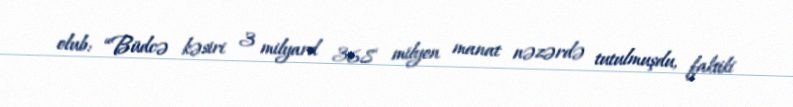
olub: “Büdcə kəsiri 3 milyard 368 milyon manat nəzərdə tutulmuşdu, faktiki